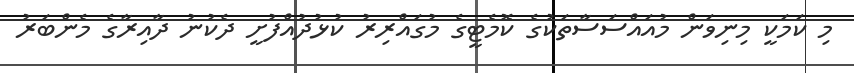
މި ކަމަކީ މިނިވަން މުއައްސަސާތަކުގެ ކޮމެޓީގެ މުގައްރިރު ކުޅުދުއްފުށީ ދެކުނު ދާއިރާގެ މެންބަރު